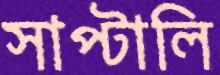
সাপ্‌টালি